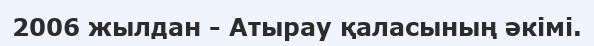
2006 жылдан - Атырау қаласының әкімі.